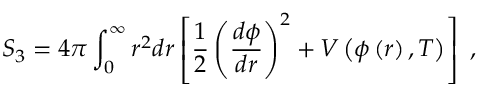
S _ { 3 } = 4 \pi \int _ { 0 } ^ { \infty } r ^ { 2 } d r \left[ \frac { 1 } { 2 } \left( \frac { d \phi } { d r } \right) ^ { 2 } + V \left( \phi \left( r \right) , T \right) \right] \ ,